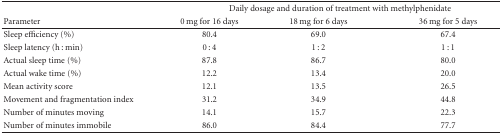
<table><thead><tr><td>[EMPTY_CELL]</td><td colspan="3"><b>Daily dosage and duration of treatment with methylphenidate</b></td></tr><tr><td><b>Parameter</b></td><td><b>0 mg for 16 days</b></td><td><b>18 mg for 6 days</b></td><td><b>36 mg for 5 days</b></td></tr></thead><tbody><tr><td>Sleep efficiency (%)</td><td>80.4</td><td>69.0</td><td>67.4</td></tr><tr><td>Sleep latency (h : min)</td><td>0 : 4</td><td>1 : 2</td><td>1 : 1</td></tr><tr><td>Actual sleep time (%)</td><td>87.8</td><td>86.7</td><td>80.0</td></tr><tr><td>Actual wake time (%)</td><td>12.2</td><td>13.4</td><td>20.0</td></tr><tr><td>Mean activity score</td><td>12.1</td><td>13.5</td><td>26.5</td></tr><tr><td>Movement and fragmentation index</td><td>31.2</td><td>34.9</td><td>44.8</td></tr><tr><td>Number of minutes moving</td><td>14.1</td><td>15.7</td><td>22.3</td></tr><tr><td>Number of minutes immobile</td><td>86.0</td><td>84.4</td><td>77.7</td></tr></tbody></table>